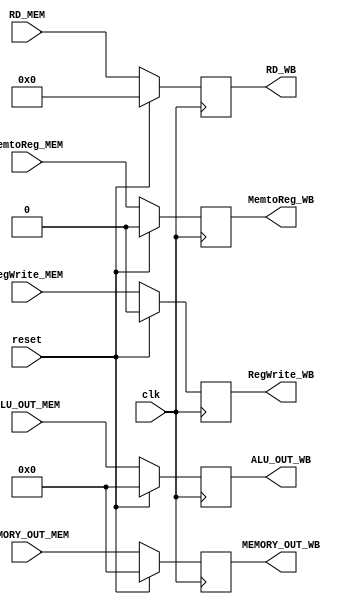
module MEM_WB_reg(input clk,reset,
                        input [31:0] ALU_OUT_MEM,
                        input [31:0] MEMORY_OUT_MEM,
                        input [4:0] RD_MEM,
                        input MemtoReg_MEM,
                        input RegWrite_MEM,
                        output reg [31:0] ALU_OUT_WB,
                        output reg [31:0] MEMORY_OUT_WB,
                        output reg [4:0] RD_WB,
                        output reg MemtoReg_WB,
                        output reg RegWrite_WB);
                        
    always@(posedge clk)begin
        if(reset)begin
            ALU_OUT_WB <= 0;
            MEMORY_OUT_WB <= 0;
            RD_WB <= 0;
            MemtoReg_WB <= 0;
            RegWrite_WB <= 0;
        end 
        else begin
            ALU_OUT_WB <= ALU_OUT_MEM;
            MEMORY_OUT_WB <= MEMORY_OUT_MEM;
            RD_WB <= RD_MEM;
            MemtoReg_WB <= MemtoReg_MEM;
            RegWrite_WB <= RegWrite_MEM;
        end
     end   
endmodule